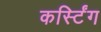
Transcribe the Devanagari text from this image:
कर्स्टिंग